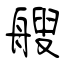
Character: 艘